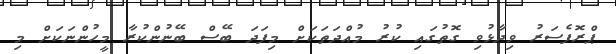
ޕްރޮފެސަރު ވިދާޅުވި ގޮތުގައި ކުރު މުއްދަތަކަށް މިފަދަ ބޭސް ބޭނުންކުރާ މީހުންނަކަށް މި